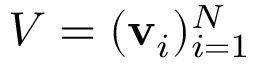
V = ( \mathbf { v } _ { i } ) _ { i = 1 } ^ { N }